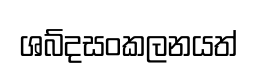
ශබ්දසංකලනයත්